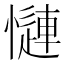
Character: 𢣜